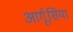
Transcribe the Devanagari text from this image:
आर्गूसिया